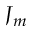
J _ { m }